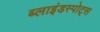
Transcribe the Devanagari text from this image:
ब्लाइंडस्पोट्स